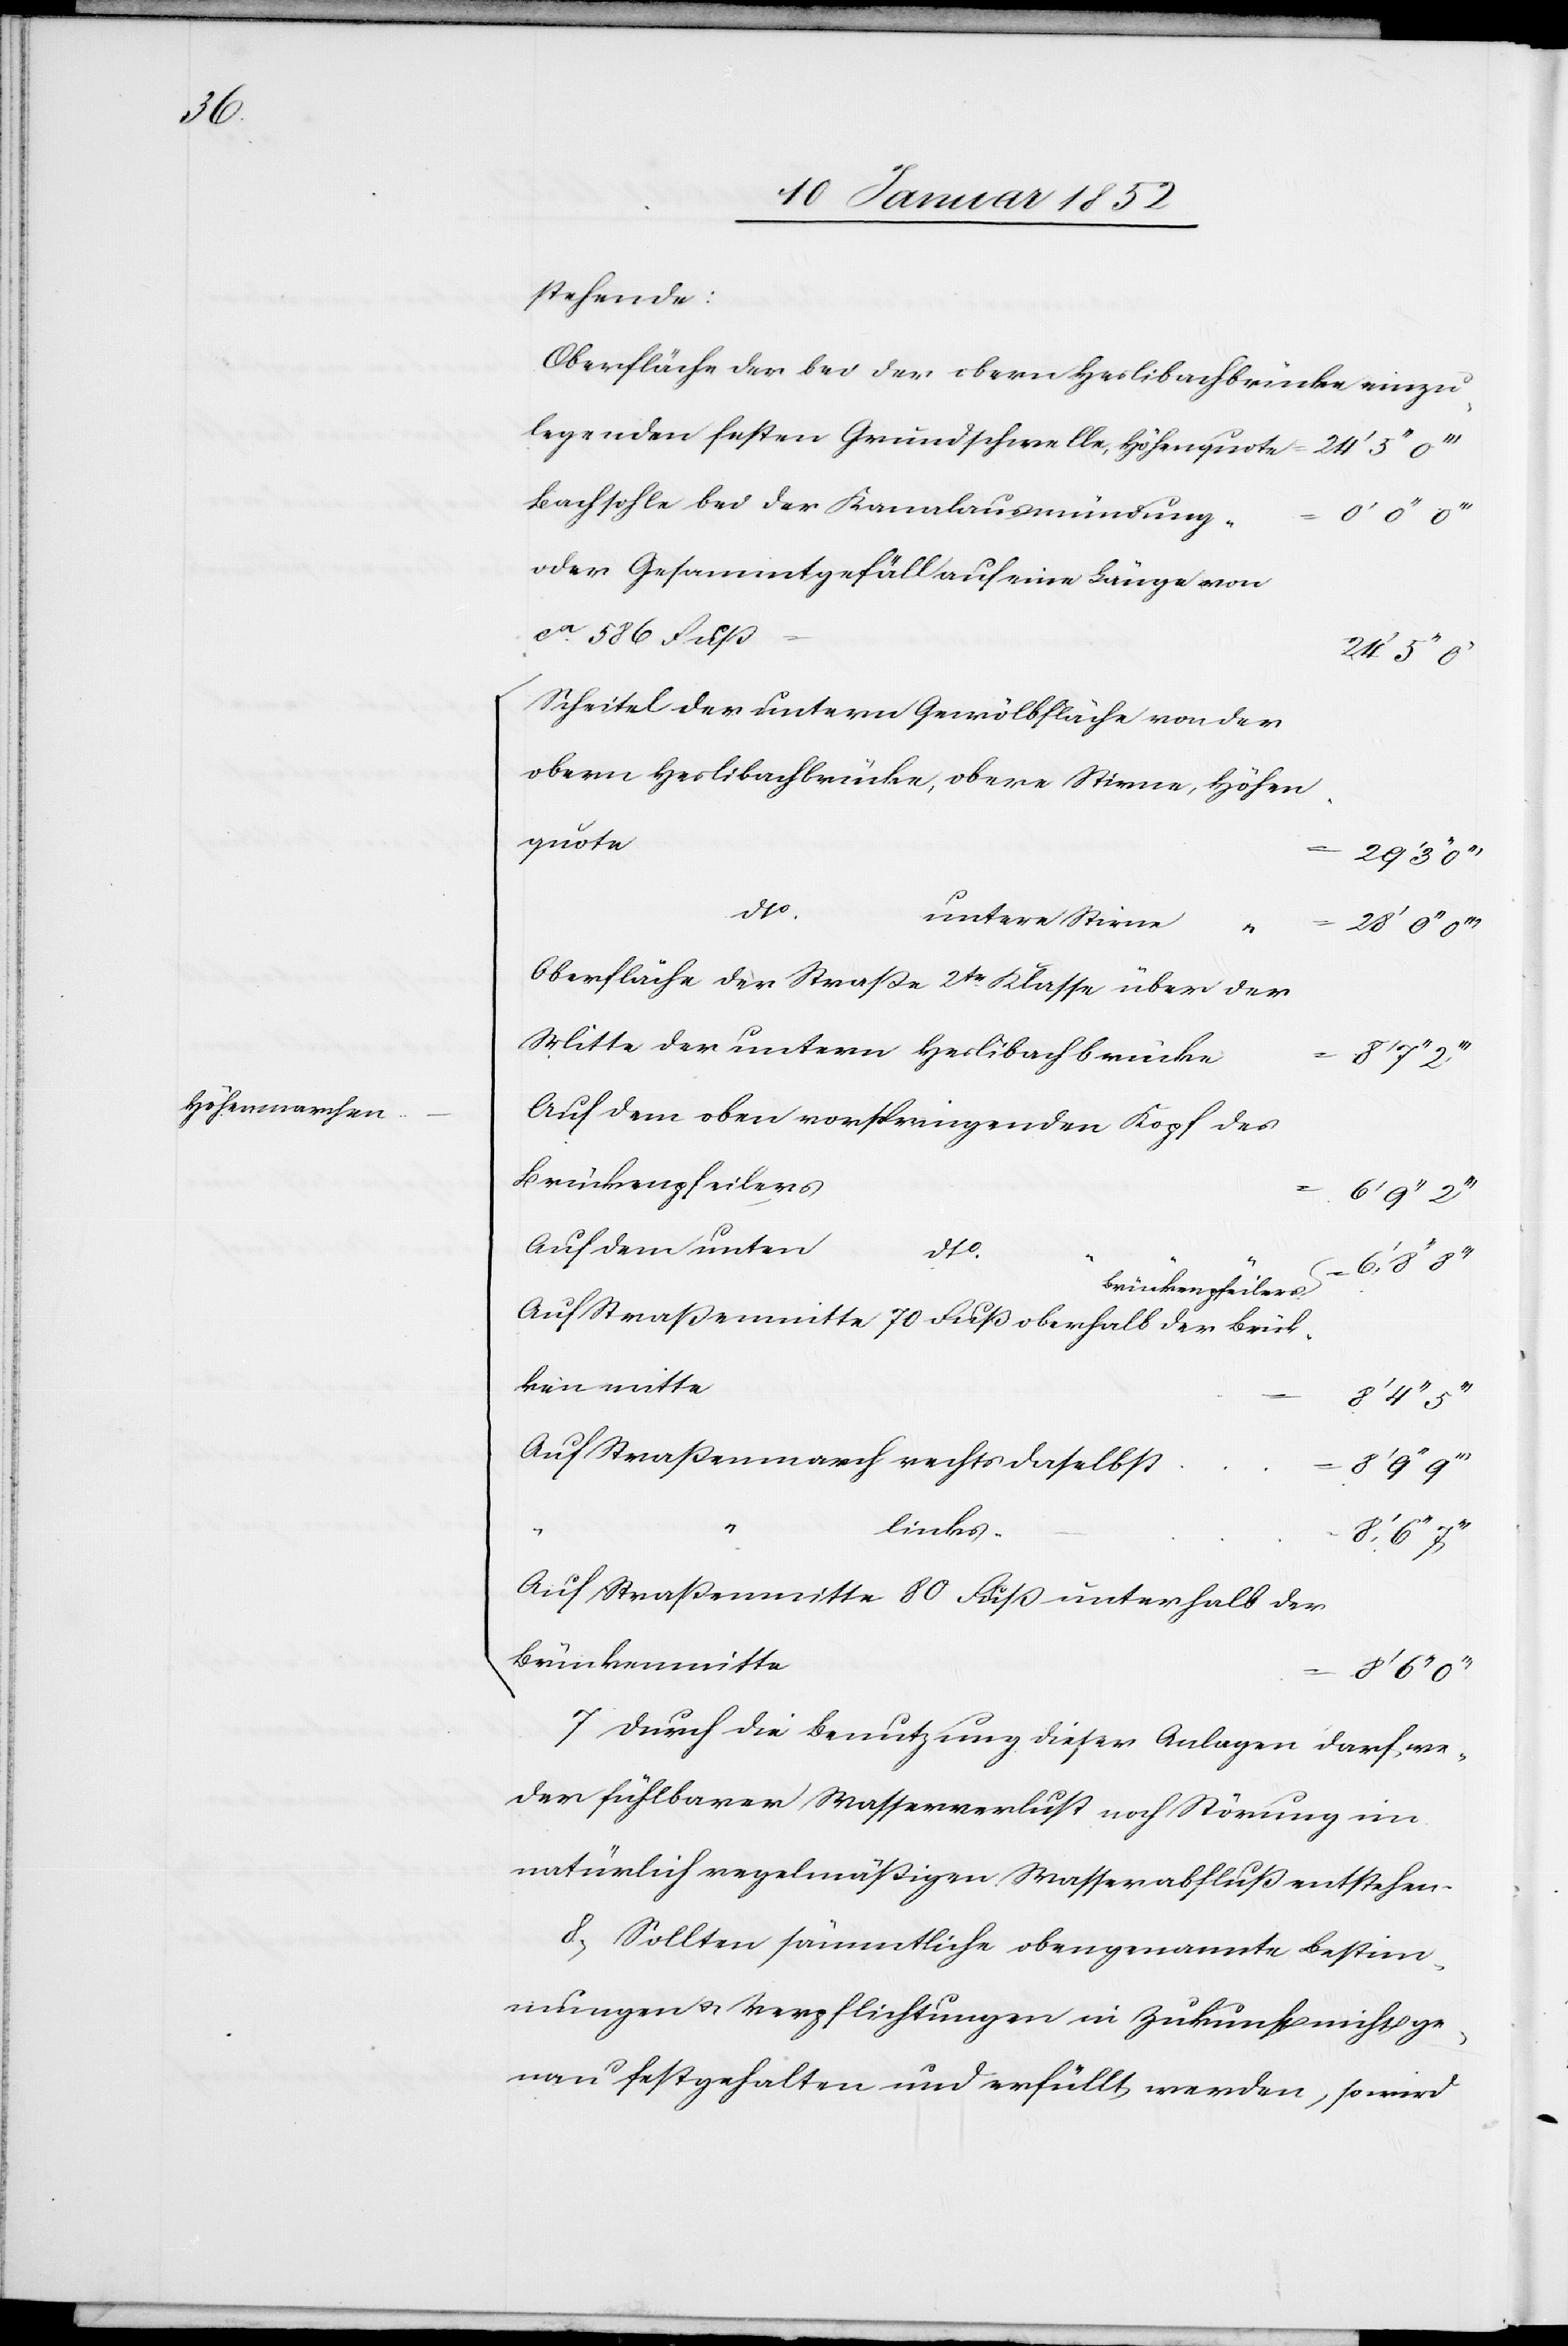
24’

Höhenmarchen

stehende:
Oberfläche der bei der obern Heslibacherbrücke einzu¬
legenden festen Grundschwelle, Höhenquote
Bachsohlebed der Kanalausmündung
oder Gesammtgefäll auf eine Länge von
ca 586 Fuß
Scheitel der unteren Gewölbfläche von der
obern Heslibachbrücke, obere Stirne, Höhen¬
quote
29’ 3’’
dto
untere Stirne
Oberfläche der Straße 2ter Klasse über der
Mitte der untern Heslibachbrücke
Auf dem oben vorspringenden Kopf des
Brückenpfeilers
enm¬
6’ 9’’
Auf dem unten
itte
a-Brückenpfeilers-a
Auf Straßenmitte 70 Fuß oberhalb der Brück¬
Auf Straßenmarch rechts daselbst
8’ 9’’
links
Auf Straßenmitte 80 Fuß unterhalb der
Brückenmitte
{
7[,] Durch die Benutzung dieser Anlagen darf we¬
der fühlbarer Wasserverlust noch Strömung im
natürlich regelmäßigen Wasserabfluß entstehen.
8, Sollten sämmtliche obengenannten Bestim¬
mungen u. Verpflichtungen in Zukunft nicht ge¬
nau festgehalten und erfüllt werden, so wird